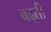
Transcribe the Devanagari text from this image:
बढ्ती